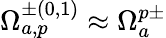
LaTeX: \Omega_{a,p}^{\pm(0,1)}\approx\Omega_{a}^{p\pm}